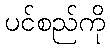
ပင်စည်ကို